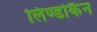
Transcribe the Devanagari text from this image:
लिण्डोकैन